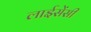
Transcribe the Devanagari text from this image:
लाईसेंसी